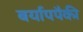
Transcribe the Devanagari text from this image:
बर्यापपैकी